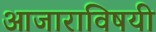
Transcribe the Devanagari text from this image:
आजाराविषयी